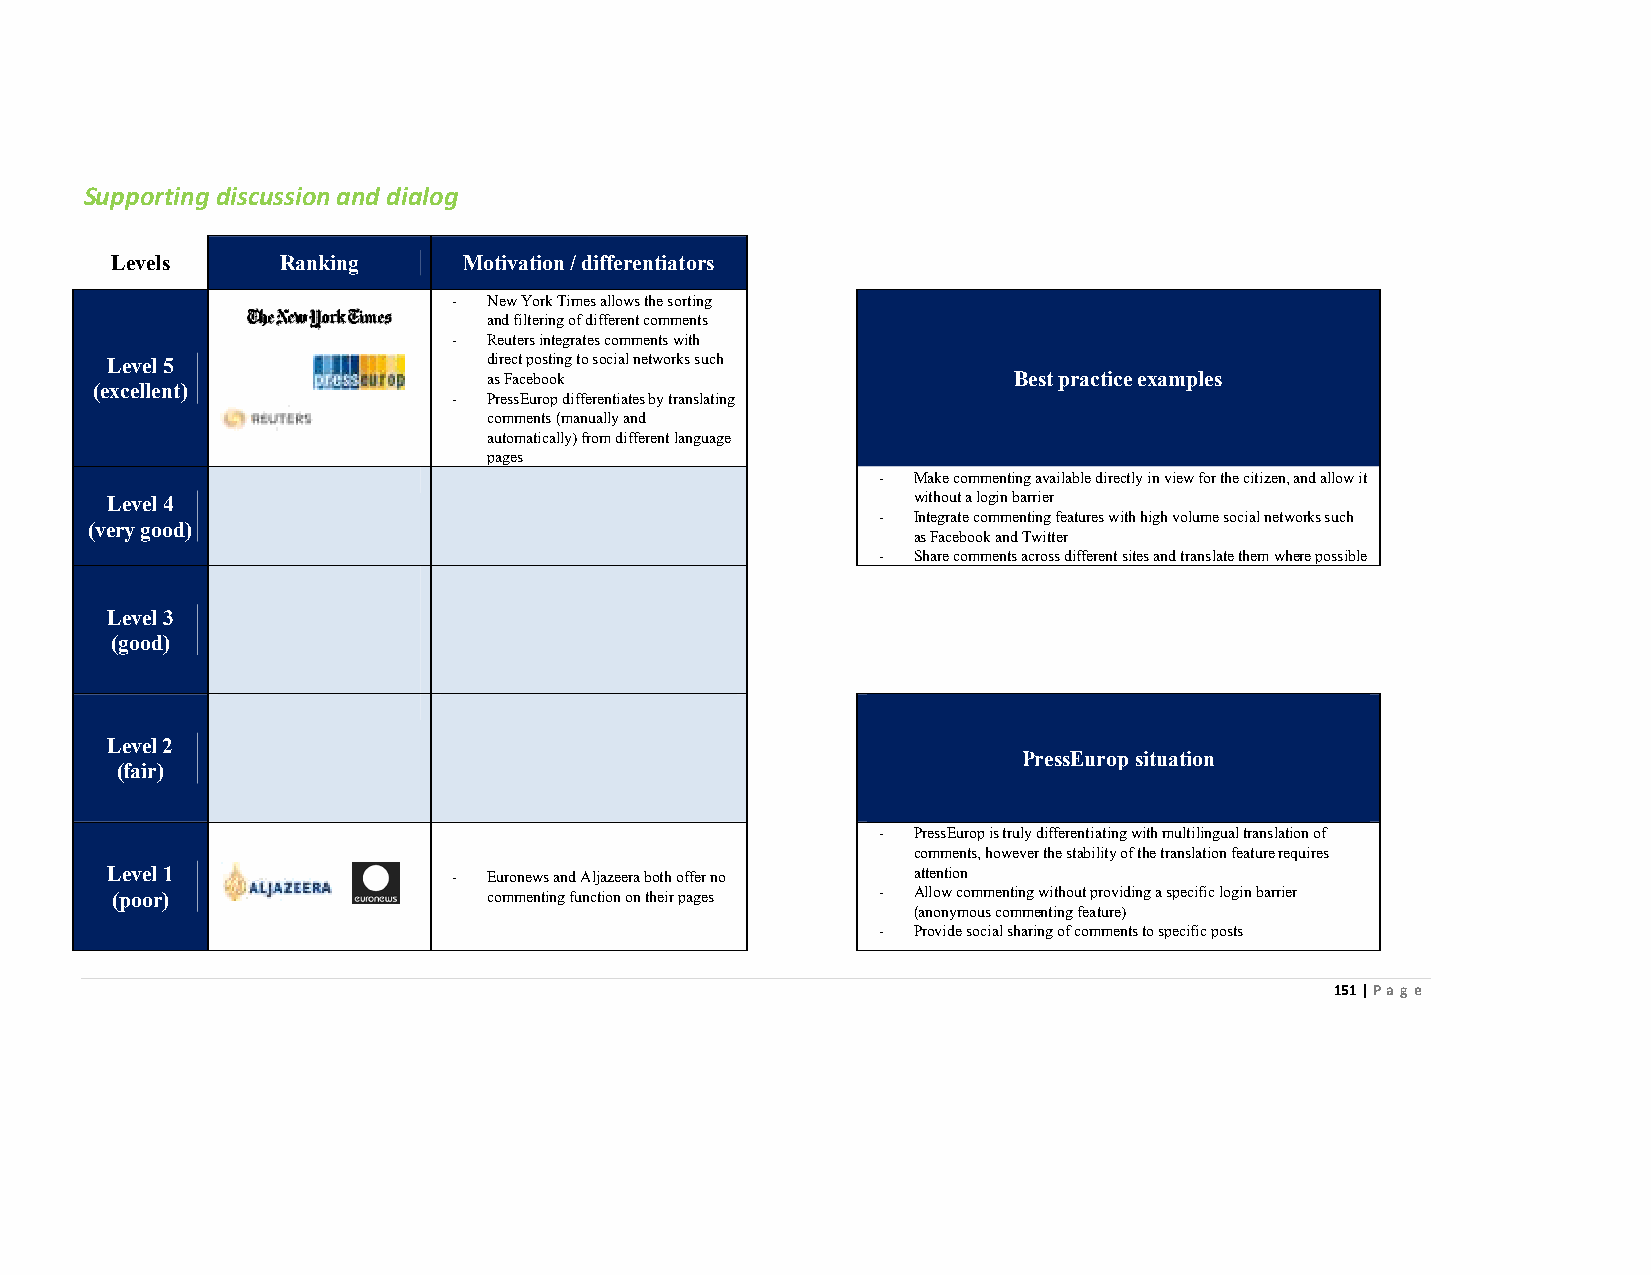
Supporting discussion and dialog
 Levels      Ranking     Motivation / differentiators
 - New York Times allows the sorting
 and filtering of different comments
 - Reuters integrates comments with
 Level 5                  direct posting to social networks such
 as Facebook                        Best practice examples
 (excellent)
 - PressEurop differentiates by translating
 comments (manually and
 automatically) from different language
 pages
 - Make commenting available directly in view for the citizen, and allow it
 Level 4                                              without a login barrier
 - Integrate commenting features with high volume social networks such
 (very good)
 as Facebook and Twitter
 - Share comments across different sites and translate them where possible
 Level 3
 (good)
 Level 2
 PressEurop situation
 (fair)
 - PressEurop is truly differentiating with multilingual translation of
 comments, however the stability of the translation feature requires
 Level 1                - Euronews and Aljazeera both offer no attention
 (poor)                   commenting function on their pages - Allow commenting without providing a specific login barrier
 (anonymous commenting feature)
 - Provide social sharing of comments to specific posts
 151 | Page